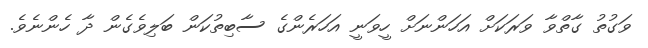
ވަގުތު ގާތްވާ ވަރަކަށް އަހަންނަށް ހީވަނީ އަހަރެންގެ ސާބިތުކަން ބަލިވެގެން ދާ ހެންނެވެ.